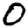
Digit: 0